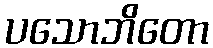
ပသောဘိတော